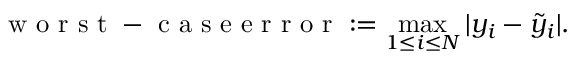
\mathrm { ~ w ~ o ~ r ~ s ~ t ~ - ~ c ~ a ~ s ~ e ~ e ~ r ~ r ~ o ~ r ~ } : = \operatorname* { m a x } _ { 1 \leq i \leq N } | y _ { i } - \tilde { y } _ { i } | .